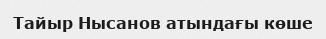
Тайыр Нысанов атындағы көше